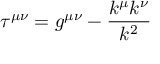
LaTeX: \tau ^ { \mu \nu } = g ^ { \mu \nu } - \frac { k ^ { \mu } k ^ { \nu } } { k ^ { 2 } }